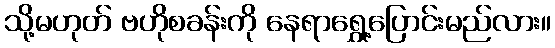
သို့မဟုတ် ဗဟိုစခန်းကို နေရာရွှေ့ပြောင်းမည်လား။